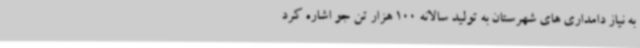
به نیاز دامداری های شهرستان به تولید سالانه 100 هزار تن جو اشاره کرد